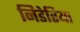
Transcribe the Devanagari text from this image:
निडेरिया